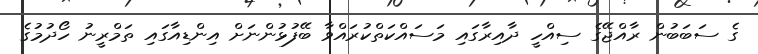
ގެ ސަބަބުން ރާއްޖޭގެ ސިއްހީ ދާއިރާގައި މަސައްކަތްކުރައްވާ ބޭފުޅުންނަށް އިންޑިއާގައި ތަމްރީނު ހޯދުމުގެ